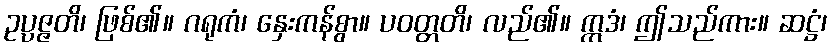
ဥပ္ပဇ္ဇတိ၊ ဖြစ်၏။ ဂရုကံ၊ နှေးကန်စွာ။ ပဝတ္တတိ၊ လည်၏။ ဣဒံ၊ ဤသည်ကား။ ဆဋ္ဌံ၊